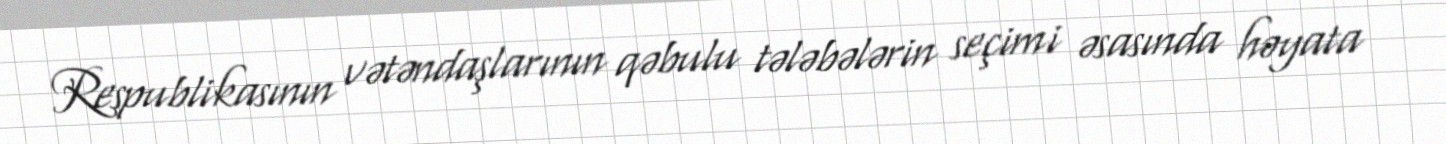
Respublikasının vətəndaşlarının qəbulu tələbələrin seçimi əsasında həyata